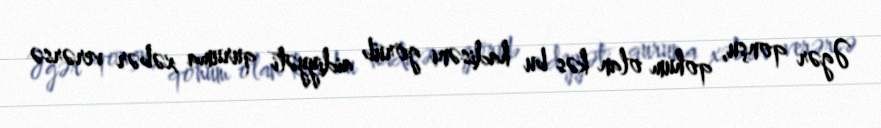
Əgər qonşu, qohum olan kəs bu hadisəni görüb aidiyyəti quruma xəbər verərsə